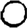
Digit: 0